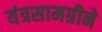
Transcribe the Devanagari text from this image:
यंत्रसामग्रीने